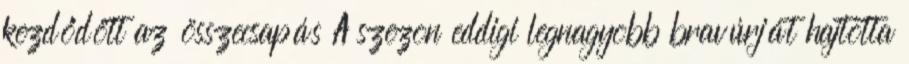
kezdődött az összecsapás A szezon eddigi legnagyobb bravúrját hajtotta